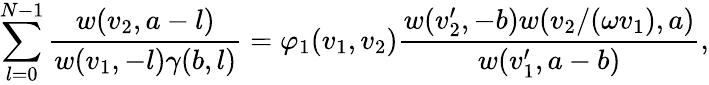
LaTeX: \sum_{l=0}^{N-1}\frac{w(v_{2},a-l)}{w(v_{1},-l)\gamma(b,l)}=\varphi_{1}(v_{1},v_{2})\frac{w(v_{2}^{\prime},-b)w(v_{2}/(\omega v_{1}),a)}{w(v_{1}^{\prime},a-b)},